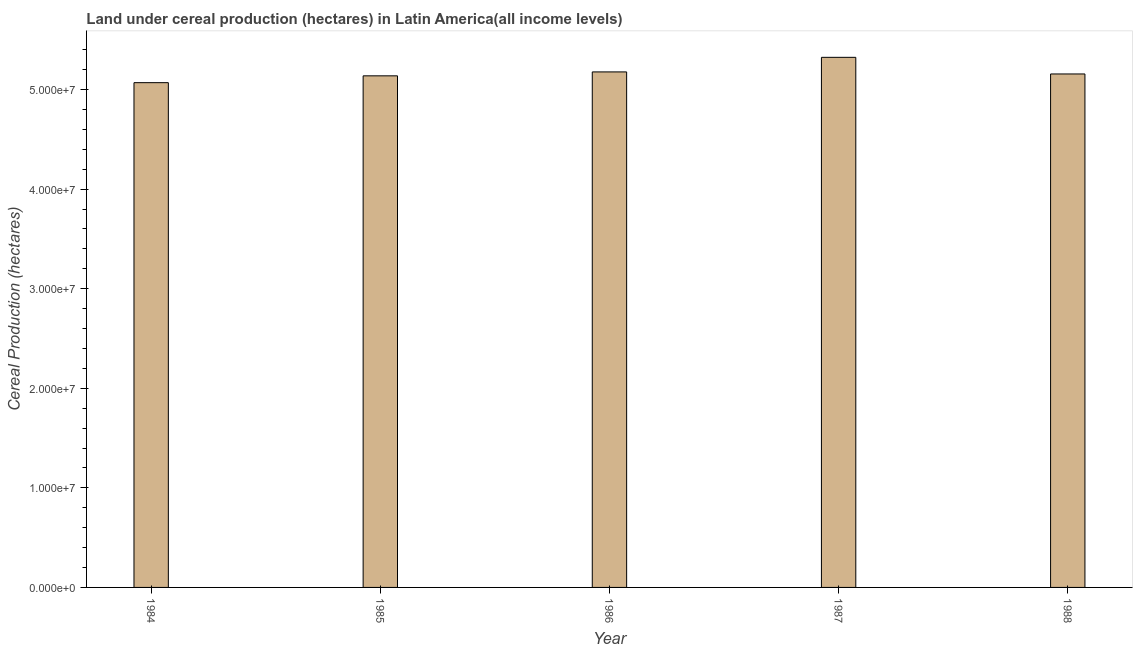
| Year | Land under cereal production (hectares) |
 | --- | --- |
 | 1984 | 5.07e+07 |
 | 1985 | 5.14e+07 |
 | 1986 | 5.18e+07 |
 | 1987 | 5.32e+07 |
 | 1988 | 5.16e+07 |